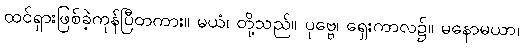
ထင်ရှားဖြစ်ခဲ့ကုန်ပြီတကား။ မယံ၊ တို့သည်။ ပုဗ္ဗေ၊ ရှေးကာလ၌။ မနောမယာ၊